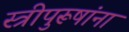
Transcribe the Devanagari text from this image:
स्त्रीपुरूषांना